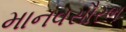
માનવસૌરભ